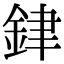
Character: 銉